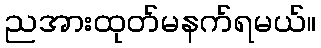
ညအားထုတ်မနက်ရမယ်။